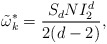
\begin{align*}\tilde{\omega}^{*}_{k}=\frac{S_{d}NI_{2}^{d}}{2(d-2)},\end{align*}